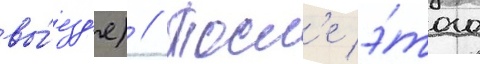
вы́езд'е) // Посл'е э́того